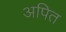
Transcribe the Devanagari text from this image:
अपित